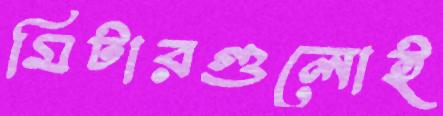
মিটারগুলোই